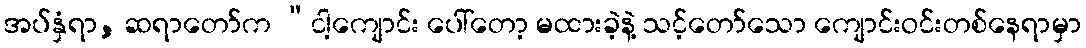
အပ်နှံရာ, ဆရာတော်က “ငါ့ကျောင်း ပေါ်တော့ မထားခဲ့နဲ့ သင့်တော်သော ကျောင်းဝင်းတစ်နေရာမှာ